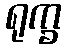
ရုက္ခ